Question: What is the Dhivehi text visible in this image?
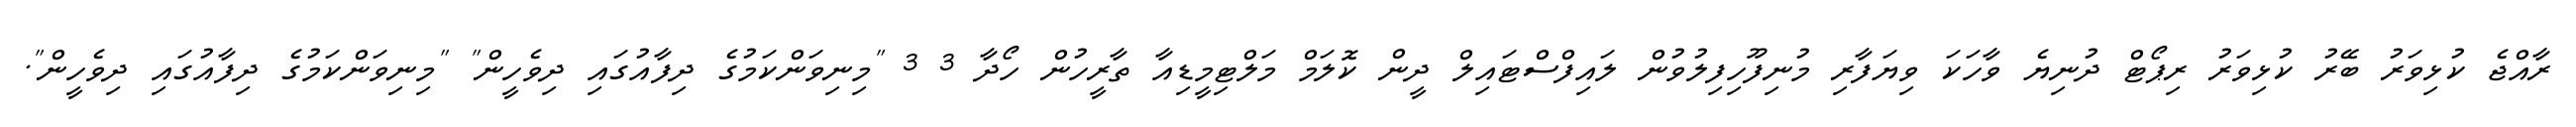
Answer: ރާއްޖެ ކުޅިވަރު ބޭރު ކުޅިވަރު ރިޕޯޓް ދުނިޔެ ވާހަކަ ވިޔަފާރި މުނިފޫހިފިލުވުން ލައިފްސްޓައިލް ދީން ކޮލަމް މަލްޓިމީޑިއާ ތާރީހުން ހޯދާ 3 3 "މިނިވަންކަމުގެ ދިފާއުގައި ދިވެހީން" "މިނިވަންކަމުގެ ދިފާއުގައި ދިވެހީން".